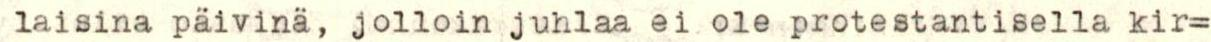
laisina päivinä, jolloin juhlaa ei ole protestantisella kir=